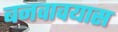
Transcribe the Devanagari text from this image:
बनवावयास